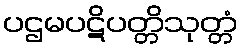
ပဌမပဋိပတ္တိသုတ္တံ